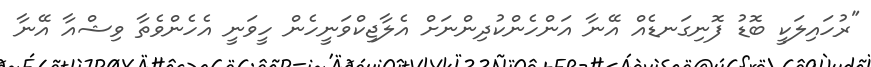
"ރުހައިލަކީ ބޮޑު ފޮނިގަނޑެއް އޭނާ އަންހެންކުދިންނަށް އެލާޖިކްވަނީހެން ހީވަނީ އެހެންވެތާ ވިޝްއާ އޭނާ